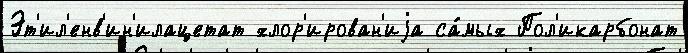
Эт'ил'енв'ин'илацетат хлор'ирован'иjа са́мых Пол'икарбонат